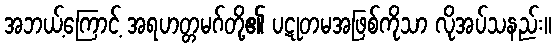
အဘယ့်ကြောင့် အရဟတ္တမဂ်တို့၏ ပဋုတမအဖြစ်ကိုသာ လိုအပ်သနည်း။